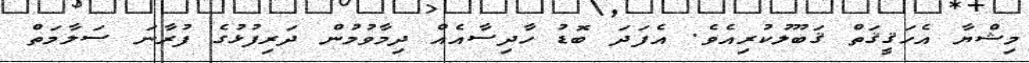
މިޝްޔާ އެހަޤީޤަތް ޤަބޫލުކުރިއެވެ. އެފަދަ ބޮޑު ހާދިސާއެއް ދިމާވުމުން ދަރިފުޅުގެ ފުރާނަ ސަލާމަތް